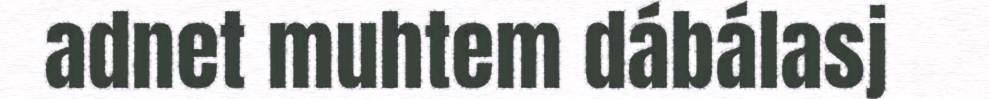
adnet muhtem dábálasj